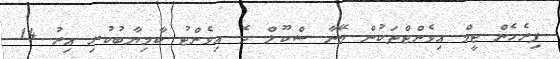
ފިރެހެން ޓީމް އިވެންޓްތަކުން މޭނާ ސްކޫލް ދެ އިވެންޓު ކާމިޔާބުކުރި އިރު 14